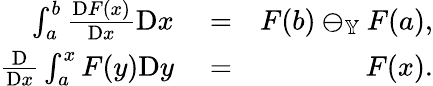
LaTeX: \begin{array}{rlr}{\int_{a}^{b}\frac{\mathrm{D}F(x)}{\mathrm{D}x}\mathrm{D}x}&{{}=}&{F(b)\ominus_{\mathbb{Y}}F(a),}\\ {\frac{\mathrm{D}}{\mathrm{D}x}\int_{a}^{x}F(y)\mathrm{D}y}&{{}=}&{F(x).}\end{array}